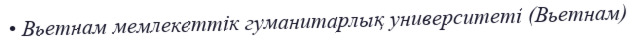
• Вьетнам мемлекеттік гуманитарлық университеті (Вьетнам)